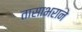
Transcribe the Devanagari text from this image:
तासाभराने